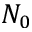
N _ { 0 }